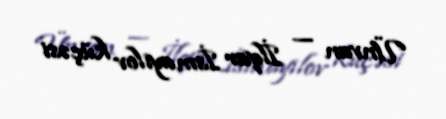
Ünvan — İlqar İsmayılov küçəsi